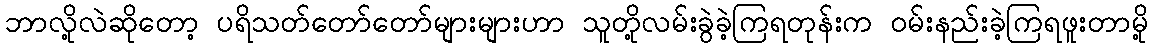
ဘာလို့လဲဆိုတော့ ပရိသတ်တော်တော်များများဟာ သူတို့လမ်းခွဲခဲ့ကြရတုန်းက ၀မ်းနည်းခဲ့ကြရဖူးတာမို့